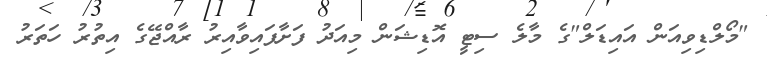
"މޯލްޑިވިއަން އައިޑަލް"ގެ މާލެ ސިޓީ އޮޑިޝަން މިއަދު ފަށާފައިވާއިރު ރާއްޖޭގެ އިތުރު ހަތަރު